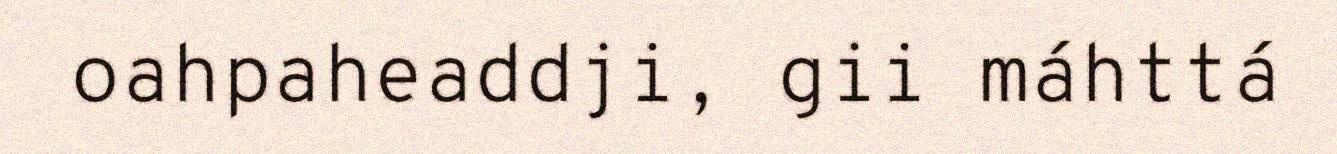
oahpaheaddji, gii máhttá